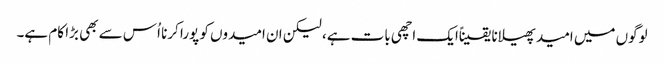
لوگوں میں امید پھیلانا یقیناًایک اچھی بات ہے، لیکن ان امیدوں کو پورا کرنا اُس سے بھی بڑا کام ہے۔